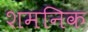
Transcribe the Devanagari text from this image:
शमनिक